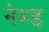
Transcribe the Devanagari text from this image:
नेम्‍ड